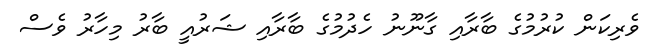
ވެރިކަން ކުރުމުގެ ބާރާއި ގާނޫނު ހެދުމުގެ ބާރާއި ޝަރުއީ ބާރު މިހާރު ވެސް